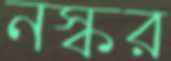
নস্কর